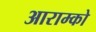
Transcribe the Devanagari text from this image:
आराम्को